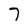
Character: 7